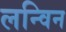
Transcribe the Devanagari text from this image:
लन्विन